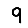
Digit: 9